Leaving Certificate Examination, 1921
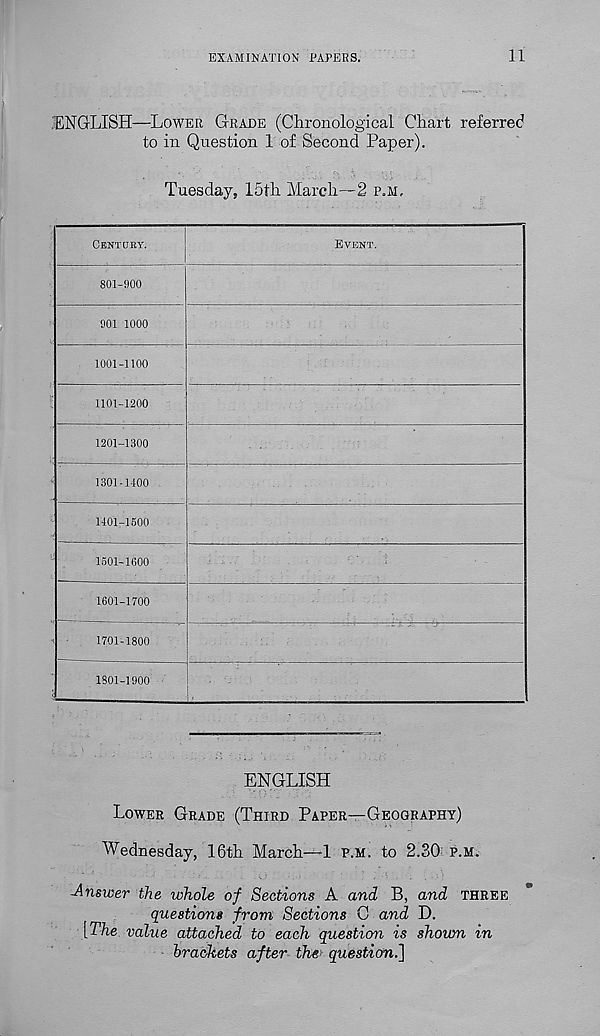
EXAMINATION PAPERS.
11
'ENGLISH—LOWER GRADE (Chronological Chart referred
to in Question 1 of Second Paper).
Tuesday, 15th March—2 P.M.
ENGLISH
LOWER GRADE (THIRD PAPER—GEOGRAPHY)
Wednesday, 16th March—1 P.M. to 2.30 F.M.
-Answer the whole of Sections A and B, and THREE
questions from Sections C and D.
[The value attached to each question is shoum in
brackets after the' question.]